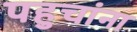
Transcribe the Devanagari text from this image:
पहुचांना